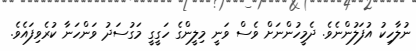
ނުލާހިކު އުފަލުންނެވެ. ދެމީހުންނަށް ވެސް ވަނީ މިލީންގެ ހަގީގީ މަގުސަދު ވަންހަނާ ކުރެވިފައެވެ.